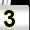
Digit: 3